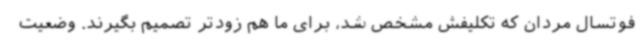
فوتسال مردان که تکلیفش مشخص شد، برای ما هم زودتر تصمیم بگیرند. وضعیت